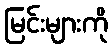
မြင်းများကို